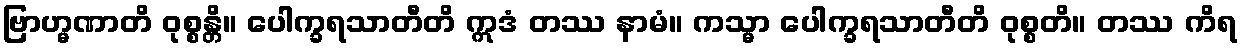
ဗြာဟ္မဏာတိ ဝုစ္စန္တိ။ ပေါက္ခရသာတီတိ ဣဒံ တဿ နာမံ။ ကသ္မာ ပေါက္ခရသာတီတိ ဝုစ္စတိ။ တဿ ကိရ